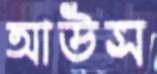
আউস